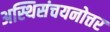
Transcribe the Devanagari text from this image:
अस्थिसंचयनोत्तर